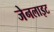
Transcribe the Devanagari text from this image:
जेनलाइट